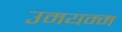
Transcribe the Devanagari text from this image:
उमयम्म